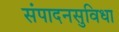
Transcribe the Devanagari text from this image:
संपादनसुविधा